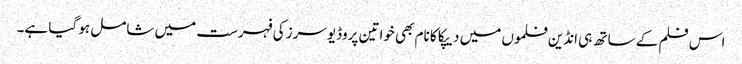
اس فلم کے ساتھ ہی انڈین فلموں میں دیپکا کا نام بھی خواتین پروڈیوسرز کی فہرست میں شامل ہو گیا ہے۔